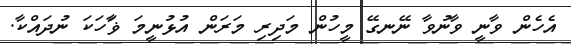
އެހެން ވާނީ ވާނުވާ ނޭނގޭ މީހުން މަދިރި މަރަން އުޅުނީމަ ޥަާހަކަ ނުދައްކާ.